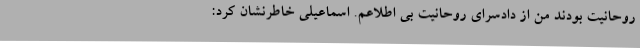
روحانیت بودند من از دادسرای روحانیت بی اطلاعم. اسماعیلی خاطرنشان کرد: